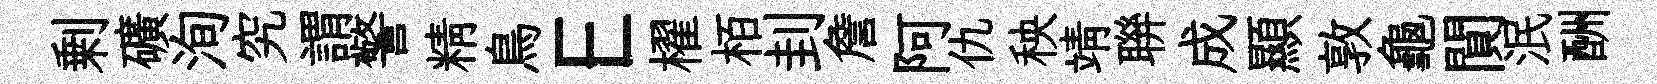
剰礦洵究謂警精鳥E櫂栢刲詹阿仇秧靖聨成顯敦龜閴泯酬